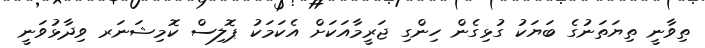
ތިވާނީ ތިޔަތަނުގެ ބަޔަކު ގުޅިގެން ހިންގި ޖަރީމާއަކަށް އެކަމަކު ޕޮލިސް ކޮމިޝަނަރ ވިދާޅުވަނީ